Civil Veterinary Department Bengal reports 1923-33 - 1923-1933
Year: 1923
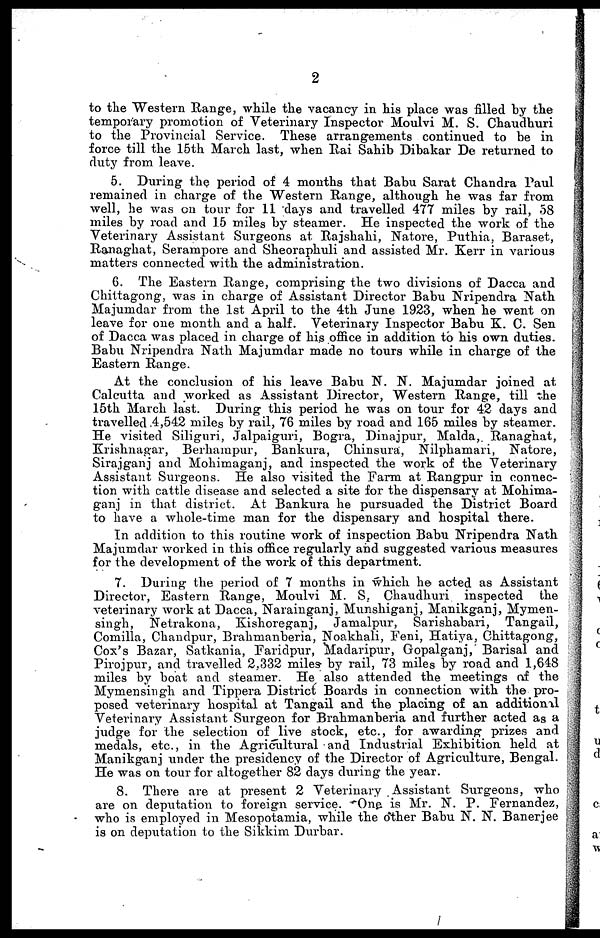
2
to the Western Range, while the vacancy in his place was filled by the
temporary promotion of Veterinary Inspector Moulvi M. S. Chaudhuri
to the Provincial Service. These arrangements continued to be in
force till the 15th March last, when Rai Sahib Dibakar De returned to
duty from leave.
5. During the period of 4 months that Babu Sarat Chandra Paul
remained in charge of the Western Range, although he was far from
well, he was on tour for 11 days and travelled 477 miles by rail, 58
miles by road and 15 miles by steamer. He inspected the work of the
Veterinary Assistant Surgeons at Rajshahi, Natore, Puthia, Baraset,
Ranaghat, Serampore and Sheoraphuli and assisted Mr. Kerr in various
matters connected with the administration.
6. The Eastern Range, comprising the two divisions of Dacca and
Chittagong, was in charge of Assistant Director Babu Nripendra Nath
Majumdar from the 1st April to the 4th June 1923, when he went on
leave for one month and a half. Veterinary Inspector Babu K. C. Sen
of Dacca was placed in charge of his office in addition to his own duties.
Babu Nripendra Nath Majumdar made no tours while in charge of the
Eastern Range.
At the conclusion of his leave Babu N. N. Majumdar joined at
Calcutta and worked as Assistant Director, Western Range, till the
15th March last. During this period he was on tour for 42 days and
travelled 4,542 miles by rail, 76 miles by road and 165 miles by steamer.
He visited Siliguri, Jalpaiguri, Bogra, Dinajpur, Malda,. Ranaghat,
Krishnagar, Berhampur, Bankura, Chinsura, Nilphamari, Natore,
Sirajganj and Mohimaganj, and inspected the work of the Veterinary
Assistant Surgeons. He also visited the Farm at Rangpur in connec-
tion with cattle disease and selected a site for the dispensary at Mohima-
ganj in that district. At Bankura he pursuaded the District Board
to have a whole-time man for the dispensary and hospital there.
In addition to this routine work of inspection Babu Nripendra Nath
Majumdar worked in this office regularly and suggested various measures
for the development of the work of this department.
7. During the period of 7 months in which he acted as Assistant
Director, Eastern Range, Moulvi M. S. Chaudhuri inspected the
veterinary work at Dacca, Narainganj, Munshiganj, Manikganj, Mymen-
singh, Netrakona, Kishoreganj, Jamalpur, Sarishabari, Tangail,
Comilla, Chandpur, Brahmanberia, Noakhali, Feni, Hatiya, Chittagong,
Cox's Bazar, Satkania, Faridpur, Madaripur, Gopalganj, Barisal and
Pirojpur, and travelled 2,332 miles by rail, 73 miles by road and 1,648
miles by boat and steamer. He also attended the meetings of the
Mymensingh and Tippera District Boards in connection with the pro-
posed veterinary hospital at Tangail and the placing of an additional
Veterinary Assistant Surgeon for Brahmanberia and further acted as a
judge for the selection of live stock, etc., for awarding prizes and
medals, etc., in the Agricultural and Industrial Exhibition held at
Manikganj under the presidency of the Director of Agriculture, Bengal.
He was on tour for altogether 82 days during the year.
8. There are at present 2 Veterinary Assistant Surgeons, who
are on deputation to foreign service. One is Mr. N. P. Fernandez,
who is employed in Mesopotamia, while the other Babu N. N. Banerjee
is on deputation to the Sikkim Durbar.